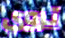
تروي